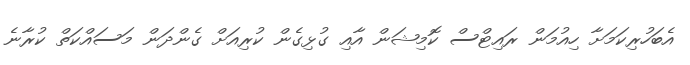
އެބަހުރިކަމަށާ ހިއުމަން ރައިޓްސް ކޮމިޝަން އާއި ގުޅިގެން ކުރިއަށް ގެންދަން މަސައްކަތް ކުރާނެ